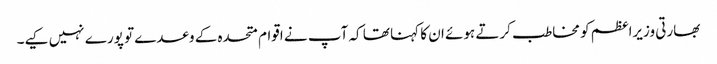
بھارتی وزیراعظم کو مخاطب کرتے ہوئے ان کا کہنا تھا کہ آپ نے اقوام متحدہ کے وعدے تو پورے نہیں کیے۔